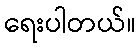
ရေးပါတယ်။